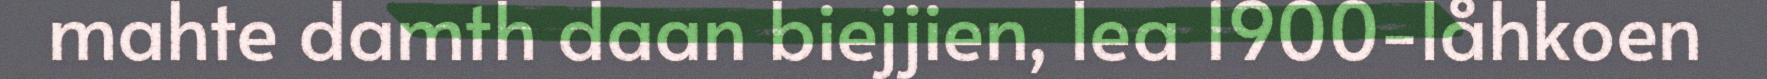
mahte damth daan biejjien, lea 1900-låhkoen